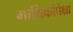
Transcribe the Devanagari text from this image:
गायिकांपेक्षा